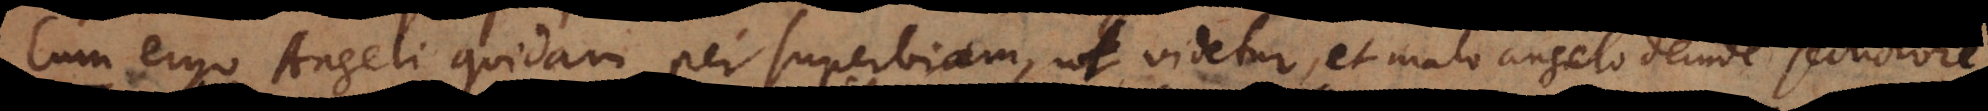
Cum ergo Angeli quidam per superbiam, ut videtur, et malo angelo deinde seductore,